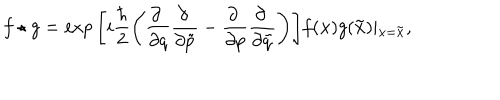
f \star g = \exp \Bigg [ i \frac { \hbar } { 2 } \Bigg ( \frac { \partial ~ } { \partial q } \frac { \partial ~ } { \partial \tilde { p } } - \frac { \partial ~ } { \partial p } \frac { \partial ~ } { \partial \tilde { q } } \Bigg ) \Bigg ] f ( { \bf x } ) g ( { \bf \tilde { x } } ) \vert _ { { \bf x } = { \bf \tilde { x } } } ,